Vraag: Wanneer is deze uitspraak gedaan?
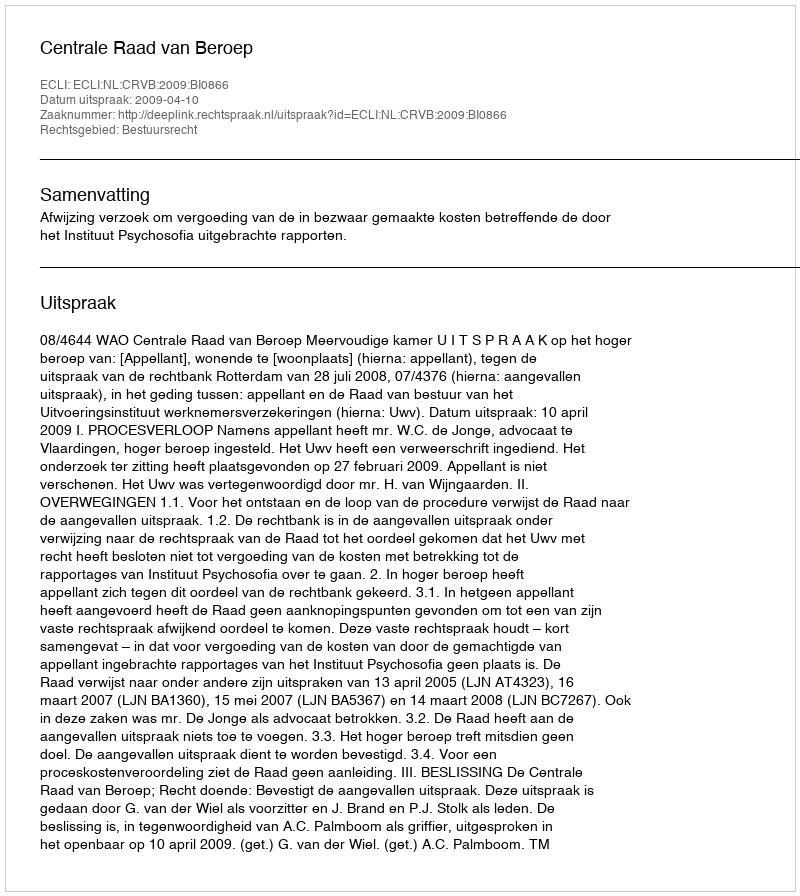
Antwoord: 2009-04-10